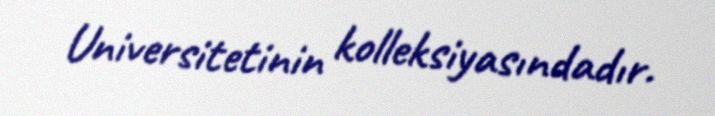
Universitetinin kolleksiyasındadır.